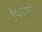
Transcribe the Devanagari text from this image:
हेमाडपंताने